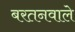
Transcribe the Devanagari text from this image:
बरतनवाले